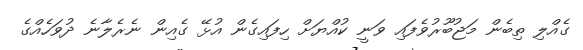
ގެއްލި ތިބެން މަޖުބޫރުވެފައި ވަނީ ކުއްޔަށް ހިފައިގެން އުޅޭ ގެއިން ނެރެލާނެ ދުވަހެއްގެ